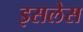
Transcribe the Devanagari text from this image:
इसलेस